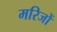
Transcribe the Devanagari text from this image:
मरिजों